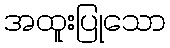
အထူးပြုသော